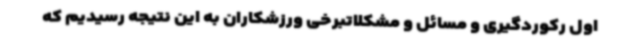
اول رکوردگیری و مسائل و مشکلاتبرخی ورزشکاران به این نتیجه رسیدیم که